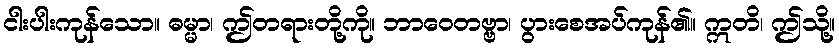
ငါးပါးကုန်သော။ ဓမ္မာ၊ ဤတရားတို့ကို။ ဘာဝေတဗ္ဗာ၊ ပွားစေအပ်ကုန်၏။ ဣတိ၊ ဤသို့။